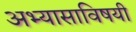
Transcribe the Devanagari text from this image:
अभ्यासाविषयी